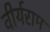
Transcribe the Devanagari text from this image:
वीर्यराम